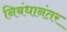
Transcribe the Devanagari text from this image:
निबंधानंतर